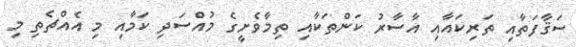
ސަޤާފަތާއި ތަރިކައާއި އާސާރު ކަންތަކާއި ތިމާވެށީގެ މުއްސަދި ކަމާއި މި އެއްޗެތި މި